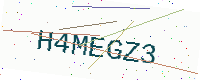
Text: H4MEGZ3